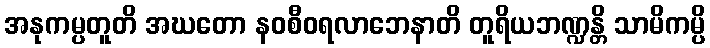
အနုကမ္ပတူတိ အဃတော နဝစီဝရလာဘေနာတိ တူရိယဘဏ္ဍန္တိ သာမိကမ္ပိ